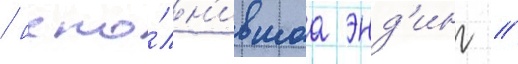
/ испо́лн'ившаа энд'инг //